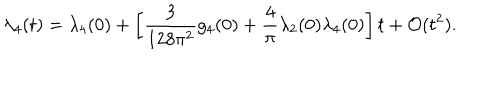
\lambda _ { 4 } ( t ) = \lambda _ { 4 } ( 0 ) + \left[ { \frac { 3 } { 1 2 8 \pi ^ { 2 } } } g _ { 4 } ( 0 ) + { \frac { 4 } { \pi } } \lambda _ { 2 } ( 0 ) \lambda _ { 4 } ( 0 ) \right] t + { \cal O } ( t ^ { 2 } ) .